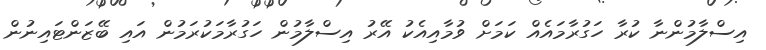
އިސްލާމުންނާ ކުރާ ހަގުރާމައެއް ކަމަށް ވުމާއިއެކު އޭރު އިސްލާމުން ހަގުރާމަކުރަމުން އައި ބޭޒަންޓައިނުން